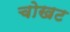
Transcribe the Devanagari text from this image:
चोखट